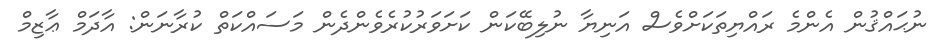
ނުޙައްޤުން އެންމެ ރައްޔިތަކަށްވެސް އަނިޔާ ނުލިބޭކަން ކަށަވަރުކުރެވެންދެން މަސައްކަތް ކުރާނަން: އާދަމް ޢާޒިމް